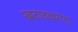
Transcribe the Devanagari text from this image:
खटावकरांना